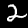
Digit: 2